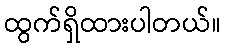
ထွက်ရှိထားပါတယ်။